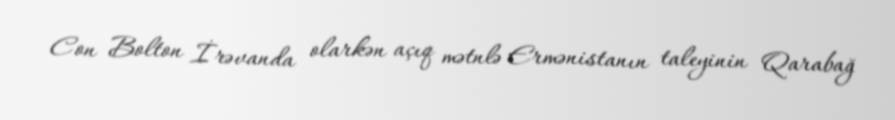
Con Bolton İrəvanda olarkən açıq mətnlə Ermənistanın taleyinin Qarabağ